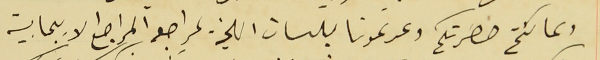
ولما كنتم حضرتكم وعدتمونا بلسان اللجنة بمراجعه المراجع الايجابية